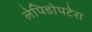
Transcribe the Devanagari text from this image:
लेपिडोपटेरा